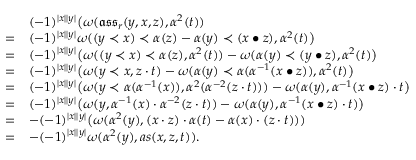
\begin{array} { r l } & { ( - 1 ) ^ { | x | | y | } \big ( \omega ( \mathfrak { a s s } _ { r } ( y , x , z ) , \alpha ^ { 2 } ( t ) ) } \\ { = } & { ( - 1 ) ^ { | x | | y | } \omega ( ( y \prec x ) \prec \alpha ( z ) - \alpha ( y ) \prec ( x \bullet z ) , \alpha ^ { 2 } ( t ) \big ) } \\ { = } & { ( - 1 ) ^ { | x | | y | } \big ( \omega ( ( y \prec x ) \prec \alpha ( z ) , \alpha ^ { 2 } ( t ) ) - \omega ( \alpha ( y ) \prec ( y \bullet z ) , \alpha ^ { 2 } ( t ) \big ) } \\ { = } & { ( - 1 ) ^ { | x | | y | } \big ( \omega ( y \prec x , z \cdot t ) - \omega ( \alpha ( y ) \prec \alpha ( \alpha ^ { - 1 } ( x \bullet z ) ) , \alpha ^ { 2 } ( t ) \big ) } \\ { = } & { ( - 1 ) ^ { | x | | y | } \big ( \omega ( y \prec \alpha ( \alpha ^ { - 1 } ( x ) ) , \alpha ^ { 2 } ( \alpha ^ { - 2 } ( z \cdot t ) ) ) - \omega ( \alpha ( y ) , \alpha ^ { - 1 } ( x \bullet z ) \cdot t \big ) } \\ { = } & { ( - 1 ) ^ { | x | | y | } \big ( \omega ( y , \alpha ^ { - 1 } ( x ) \cdot \alpha ^ { - 2 } ( z \cdot t ) ) - \omega ( \alpha ( y ) , \alpha ^ { - 1 } ( x \bullet z ) \cdot t ) \big ) } \\ { = } & { - ( - 1 ) ^ { | x | | y | } \big ( \omega ( \alpha ^ { 2 } ( y ) , ( x \cdot z ) \cdot \alpha ( t ) - \alpha ( x ) \cdot ( z \cdot t ) ) ) } \\ { = } & { - ( - 1 ) ^ { | x | | y | } \omega ( \alpha ^ { 2 } ( y ) , a s ( x , z , t ) ) . } \end{array}